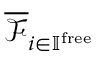
\overline { { \mathcal { F } } } _ { i \in \mathbb { I } ^ { \mathrm { f r e e } } }